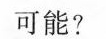
可能?